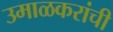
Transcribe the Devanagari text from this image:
उमाळकरांची